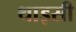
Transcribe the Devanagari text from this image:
थाइसी